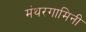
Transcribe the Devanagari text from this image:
मंथरगामिनी